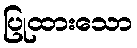
ပြုထားသော